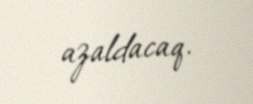
azaldacaq.